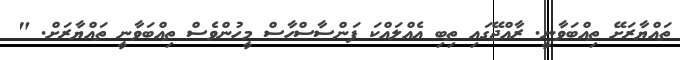
ތައްޔާރަށޭ ތިއްބަވާނީ. ރާއްޖޭގައި ތިބި އެއްލައްކަ ފަންސާސްހާސް މީހުންވެސް ތިއްބަވާނީ ތައްޔާރަށް. "